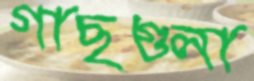
গাছগুলা